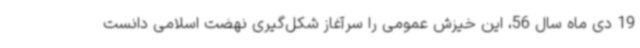
19 دی ماه سال 56، این خیزش عمومی را سرآغاز شکل‌گیری نهضت اسلامی دانست